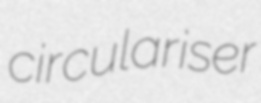
circulariser